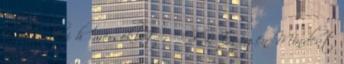
a decemberi hőmérséklet : " GG: Ez igen Mindent